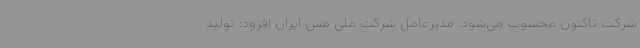
شرکت تاکنون محسوب می‌شود. مدیرعامل شرکت ملی مس ایران افزود: تولید